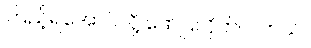
ကြည့်ရအောင်လို့ ဖော်ပြလိုက်ပါ တယ်။